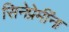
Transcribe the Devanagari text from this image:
सिनेप्रेमींना